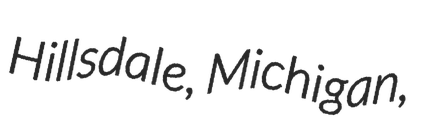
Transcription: Hillsdale, Michigan,